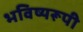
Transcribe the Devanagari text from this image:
भविष्यरूपी